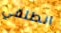
انطلقي